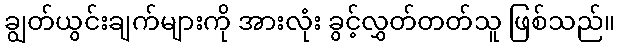
ချွတ်ယွင်းချက်များကို အားလုံး ခွင့်လွှတ်တတ်သူ ဖြစ်သည်။